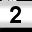
Digit: 2